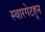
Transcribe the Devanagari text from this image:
स्वारगेटहून